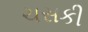
ચસકી